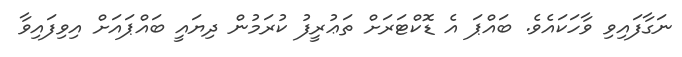
ނަގާފައިވި ވާހަކައެވެ. ބައްޕަ އެ ޑޮކްޓަރަށް ތަޢުރީފު ކުރަމުން ދިޔައީ ބައްޕައަށް އިވިފައިވާ